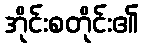
အိုင်းစတိုင်း၏